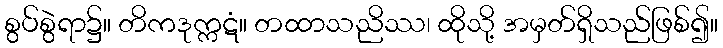
စွပ်စွဲရာ၌။ တိကဒုက္ကဋံ။ တထာသညိဿ၊ ထိုသို့ အမှတ်ရှိသည်ဖြစ်၍။